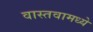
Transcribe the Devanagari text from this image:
वास्तवामध्ये